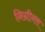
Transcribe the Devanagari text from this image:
निग्रीनस